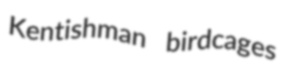
Kentishman birdcages